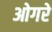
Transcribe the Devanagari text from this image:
ओगरे